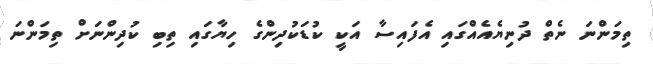
ތިމަންނަ ނެތް ދުނިޔެއެއްގައި އެފައިސާ އަކީ ކުޑަކުދިންގެ ހިޔާގައި ތިބި ކުދިންނަށް ތިމަންނަ